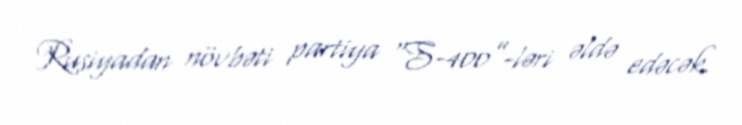
Rusiyadan növbəti partiya “S-400”-ləri əldə edəcək.